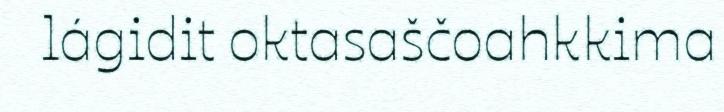
lágidit oktasaščoahkkima